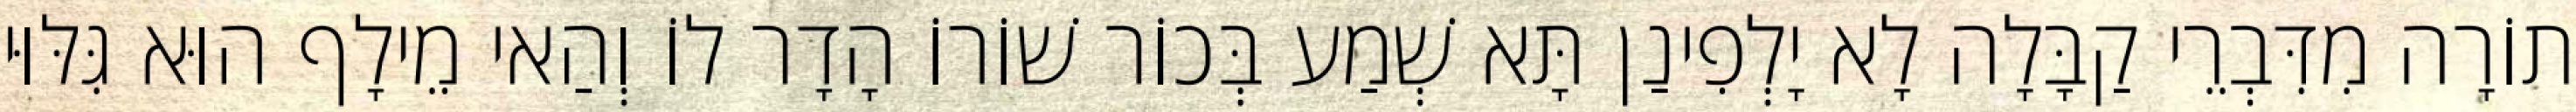
תוֹרָה מִדִּבְרֵי קַבָּלָה לָא יָלְפִינַן תָּא שְׁמַע בְּכוֹר שׁוֹרוֹ הָדָר לוֹ וְהַאי מֵילָף הוּא גִּלּוּי